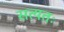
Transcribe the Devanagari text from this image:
सत्यतः